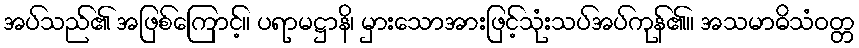
အပ်သည်၏ အဖြစ်ကြောင့်။ ပရာမဋ္ဌာနိ၊ မှားသောအားဖြင့်သုံးသပ်အပ်ကုန်၏။ အသမာဓိသံဝတ္တ